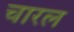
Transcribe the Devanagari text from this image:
चारल